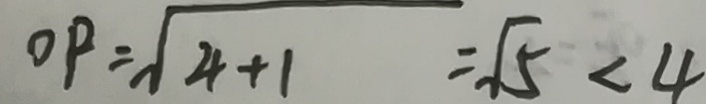
O P = \sqrt { 4 + 1 } = \sqrt { 5 } < 4